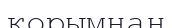
қорымнан